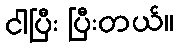
ငါပြီး ပြီးတယ်။